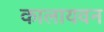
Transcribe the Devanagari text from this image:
कालायवन